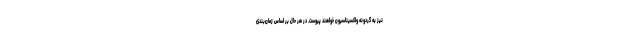
نیز به گردونه واکسیناسیون خواهند پیوست. در هر حال بر اساس زمان‌بندی